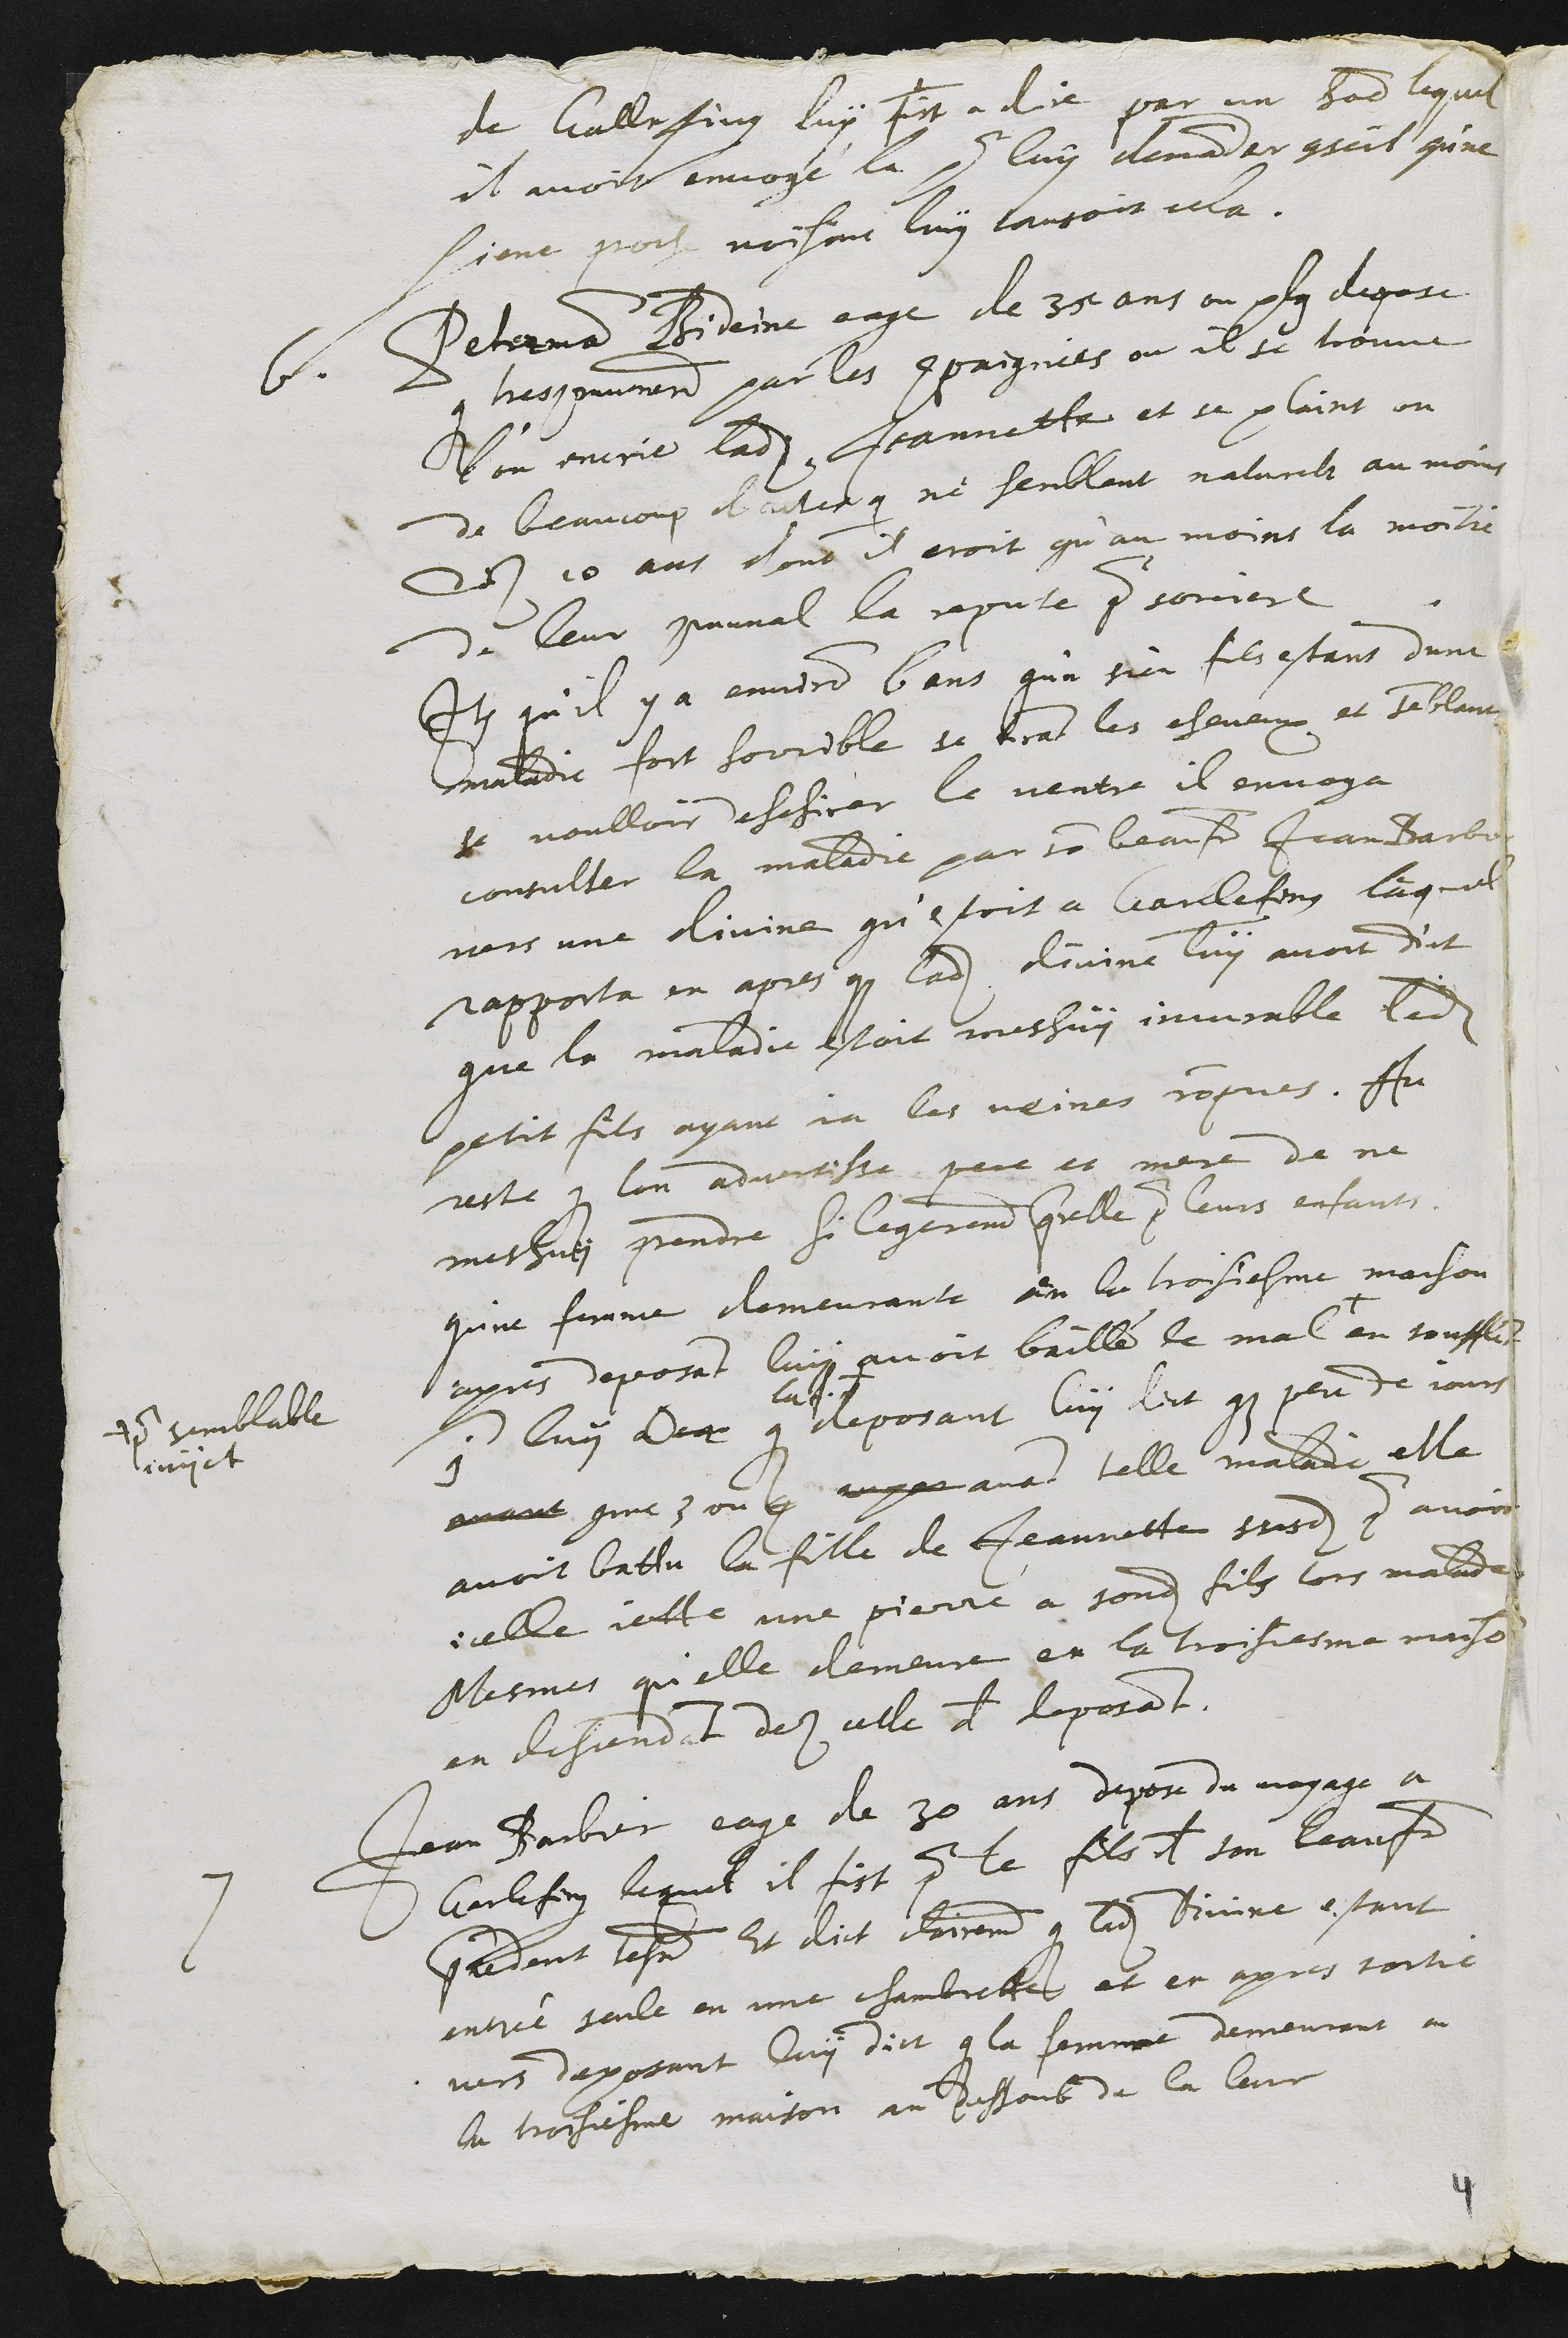
de Gallefing luy fist a dire par un homme lequel
il avoit envoyé la pour luy demander conseil qu'ne
siene proche voisine luy causoit cela.
6. Peterman Bideine eagé de 35 ans ou plus depose
que tres communement par les compaignies ou il se trouve
l'on encrie ladite Jeannette et se plaint on
de beaucoup d'actes qui ne semblent naturels au moins
des 10 ans dont il croit qu'au moins la moitie
de leur communal la repute pour sorciere
Item qu'il y a environ 6 ans qu'un sien fils estant d'une
maladie fort horrible se tirant les cheveux et semblant
se voulloir deschirer le ventre il envoya
consulter la maladie par son beau frere Jean Barbier
vers une divine qu'estoit a Garlefeng lequel
rapporta en apres que ladite divine luy avoit dict
que la maladie estoit meshuy incurable ledit
petit fils ayant ja les veines rompues. Au
reste que lon advertisse pere et mere de ne
meshuy prendre si legerement querelle pour leurs enfants
qu'ne femme demeurante en la troisiesme maison
apres deposant luy avoit baillé le mal +
+ pour semblable
sujet
en soufflant
sur luy Dep que
la f. du
deposant luy dict que peu de jours
avant comme 3 ou 4 aupar avant telle maladie elle
avoit battu la fille de Jeannette susdite pour avoir
icelle jette une pierre a sondit fils lors malade
Mesmes qu'elle demeure en la troisiesme maison
en descendant des celle de deposant.
7 Jean Barbier eage de 30 ans depose du voyage a
Garlefeng lequel il fist pour le fils de son beau frere
precedent tesmoin Et dict clairement que ladit Divine estant
entrée seule en une chambrette et en apres sortie
vers deposant luy dict que la femme demeurant en
la troisiesme maison au dessoub de la leur